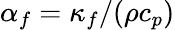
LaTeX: \alpha_{f}=\kappa_{f}/(\rho c_{p})